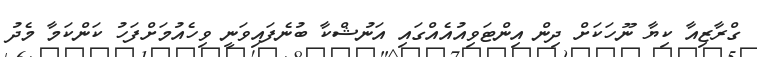
ގްރާޒިއާ ކިޔާ ނޫހަކަށް ދިން އިންޓަވިއުއެއްގައި އަނުޝްކާ ބުނެފައިވަނީ ވިހެއުމަށްފަހު ކަންކަމާ މެދު